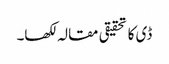
ڈی کا تحقیقی مقالہ لکھا۔